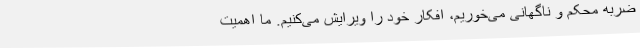
ضربه محکم و ناگهانی می‌خوریم، افکار خود را ویرایش می‌کنیم. ما اهمیت